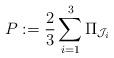
LaTeX: \begin{align*}P:= \frac{2}{3} \sum_{i=1}^{3} \Pi_{\mathcal J_{i}}\end{align*}